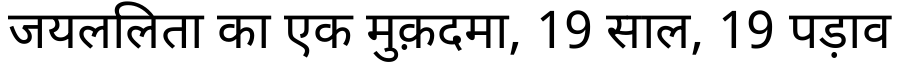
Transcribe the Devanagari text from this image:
जयललिता का एक मुक़दमा, 19 साल, 19 पड़ाव